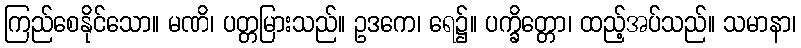
ကြည်စေနိုင်သော။ မဏိ၊ ပတ္တမြားသည်။ ဥဒကေ၊ ရေ၌။ ပက္ခိတ္တော၊ ထည့်အပ်သည်။ သမာနာ၊